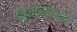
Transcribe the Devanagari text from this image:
खुजलाओ